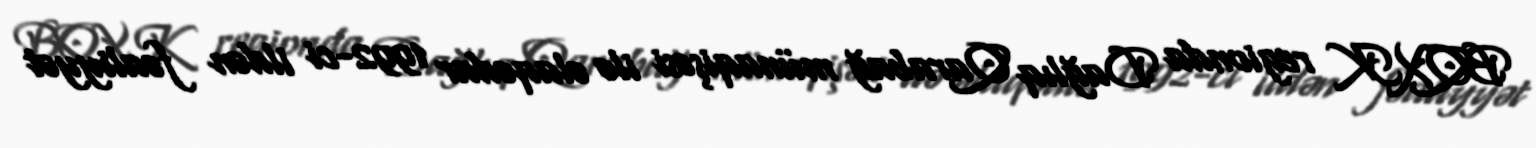
BQXK regionda Dağlıq Qarabağ münaqişəsi ilə əlaqədar 1992-ci ildən fəaliyyət